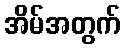
အိမ်အတွက်